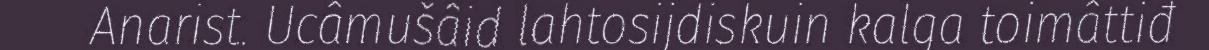
Anarist. Ucâmušâid lahtosijdiskuin kalga toimâttiđ